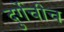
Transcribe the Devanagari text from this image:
दुर्गेचीच